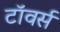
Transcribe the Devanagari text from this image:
टाॅवर्स